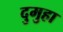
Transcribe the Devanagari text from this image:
दुमुहा